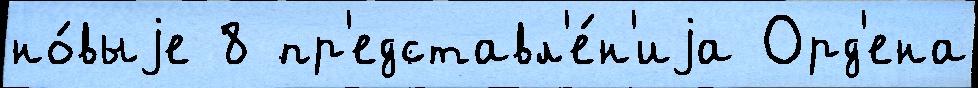
но́выjе 8 пр'едставл'е́н'иjа Орд'ена